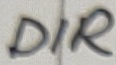
Text: DIR